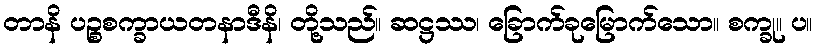
တာနိ ပဉ္စစက္ခာယတနာဒီနိ၊ တို့သည်။ ဆဋ္ဌဿ၊ ခြောက်ခုမြောက်သော။ စက္ခု။ ပ။